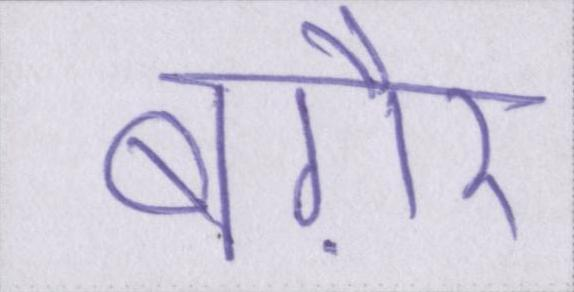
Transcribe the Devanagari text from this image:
बग़ैर